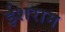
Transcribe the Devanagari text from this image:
ईशराम